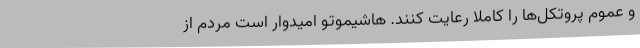
و عموم پروتکل‌ها را کاملا رعایت کنند. هاشیموتو امیدوار است مردم از